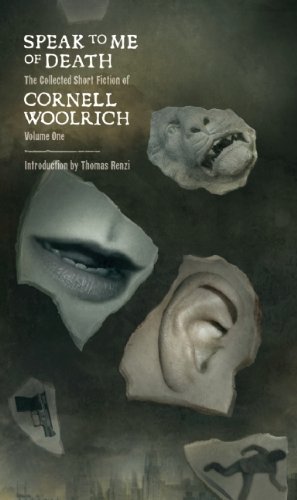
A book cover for Speak to Me of Death: The Selected Short Fiction of Cornell Woolrich, Volume 1 (Collected Short Fiction of Cornell Woolrich); Cornell Woolrich; Mystery, Thriller & Suspense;